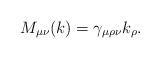
LaTeX: \begin{align*}M_{\mu \nu }(k)=\gamma _{\mu \rho \nu }k_{\rho }.\end{align*}